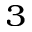
^ 3